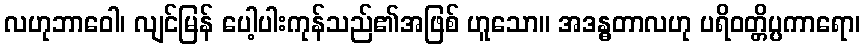
လဟုဘာဝေါ၊ လျင်မြန် ပေါ့ပါးကုန်သည်၏အဖြစ် ဟူသော။ အဒန္ဓတာလဟု ပရိဝတ္တိပ္ပကာရော၊